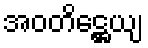
အဝတိဋ္ဌေယျ